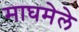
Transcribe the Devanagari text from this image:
माघमेले